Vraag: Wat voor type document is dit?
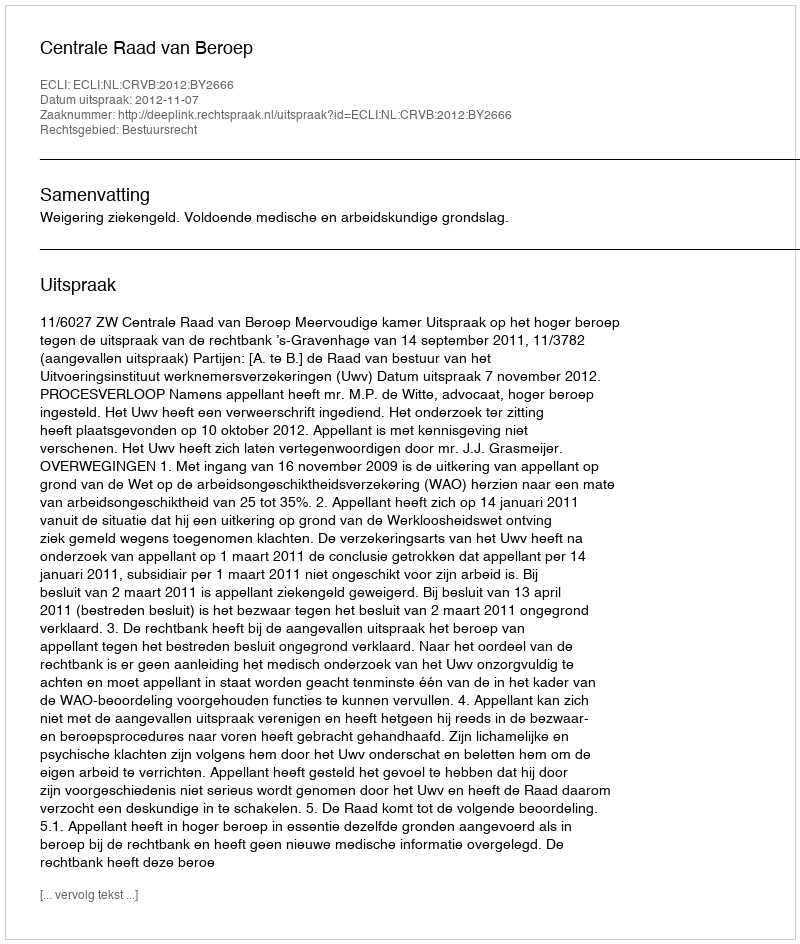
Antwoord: Uitspraak